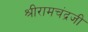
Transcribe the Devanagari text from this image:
श्रीरामचंद्रजी